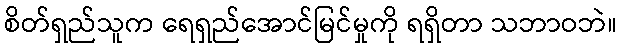
စိတ်ရှည်သူက ရေရှည်အောင်မြင်မှုကို ရရှိတာ သဘာဝဘဲ။